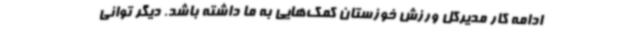
ادامه کار مدیرکل ورزش‌ خوزستان کمک‌هایی به ما داشته باشد. دیگر توانی